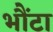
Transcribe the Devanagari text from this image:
भौंटा